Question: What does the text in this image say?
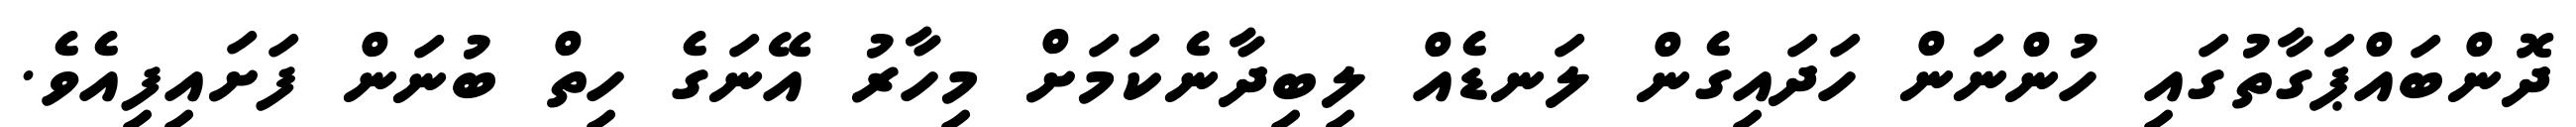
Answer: ދޮންބައްޕަގާތުގައި ހުންނަން ހަދައިގެން ލަނޑެއް ލިބިދާނެކަމަށް މިހާރު އޭނަގެ ހިތް ބުނަން ފަށައިފިއެވެ.